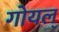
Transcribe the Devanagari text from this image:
गोयल्